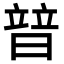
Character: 暜